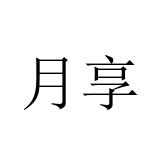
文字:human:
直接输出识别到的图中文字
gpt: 月享